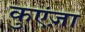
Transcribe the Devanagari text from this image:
कुएंज़ा